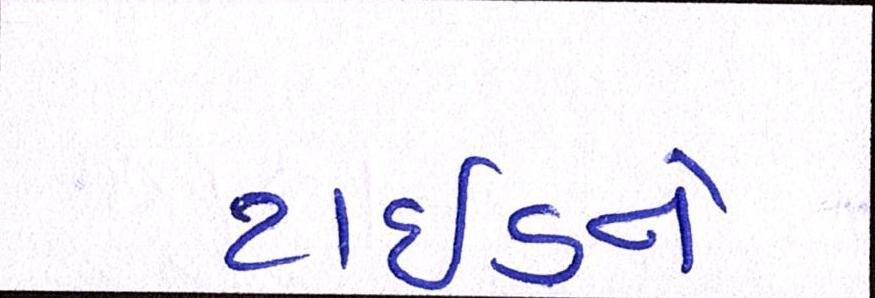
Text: ટાઈડને